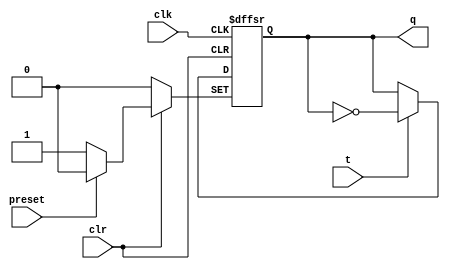
module t_ff (t,clk,clr,preset,q);

input t,clk,clr,preset;
output reg q;
//output qb;

always@(posedge clk, negedge clr, negedge preset)//always @(posedge clk,negedge clr, negedge preset)
begin
if (clr == 0)
	q <= 0;
else if (preset == 0)
	q <= 1;	
else if (t == 1)
	q <= ~q;
else 
	q <= q;

/*begin
	if (t == 0)
	q = q;
	else
	q = ~q;
	end*/
end

//assign qb = ~q;
endmodule